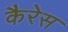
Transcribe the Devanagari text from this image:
कैरेस